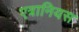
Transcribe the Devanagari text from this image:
एत्रानियस